Aleksander_Warma, lk 7
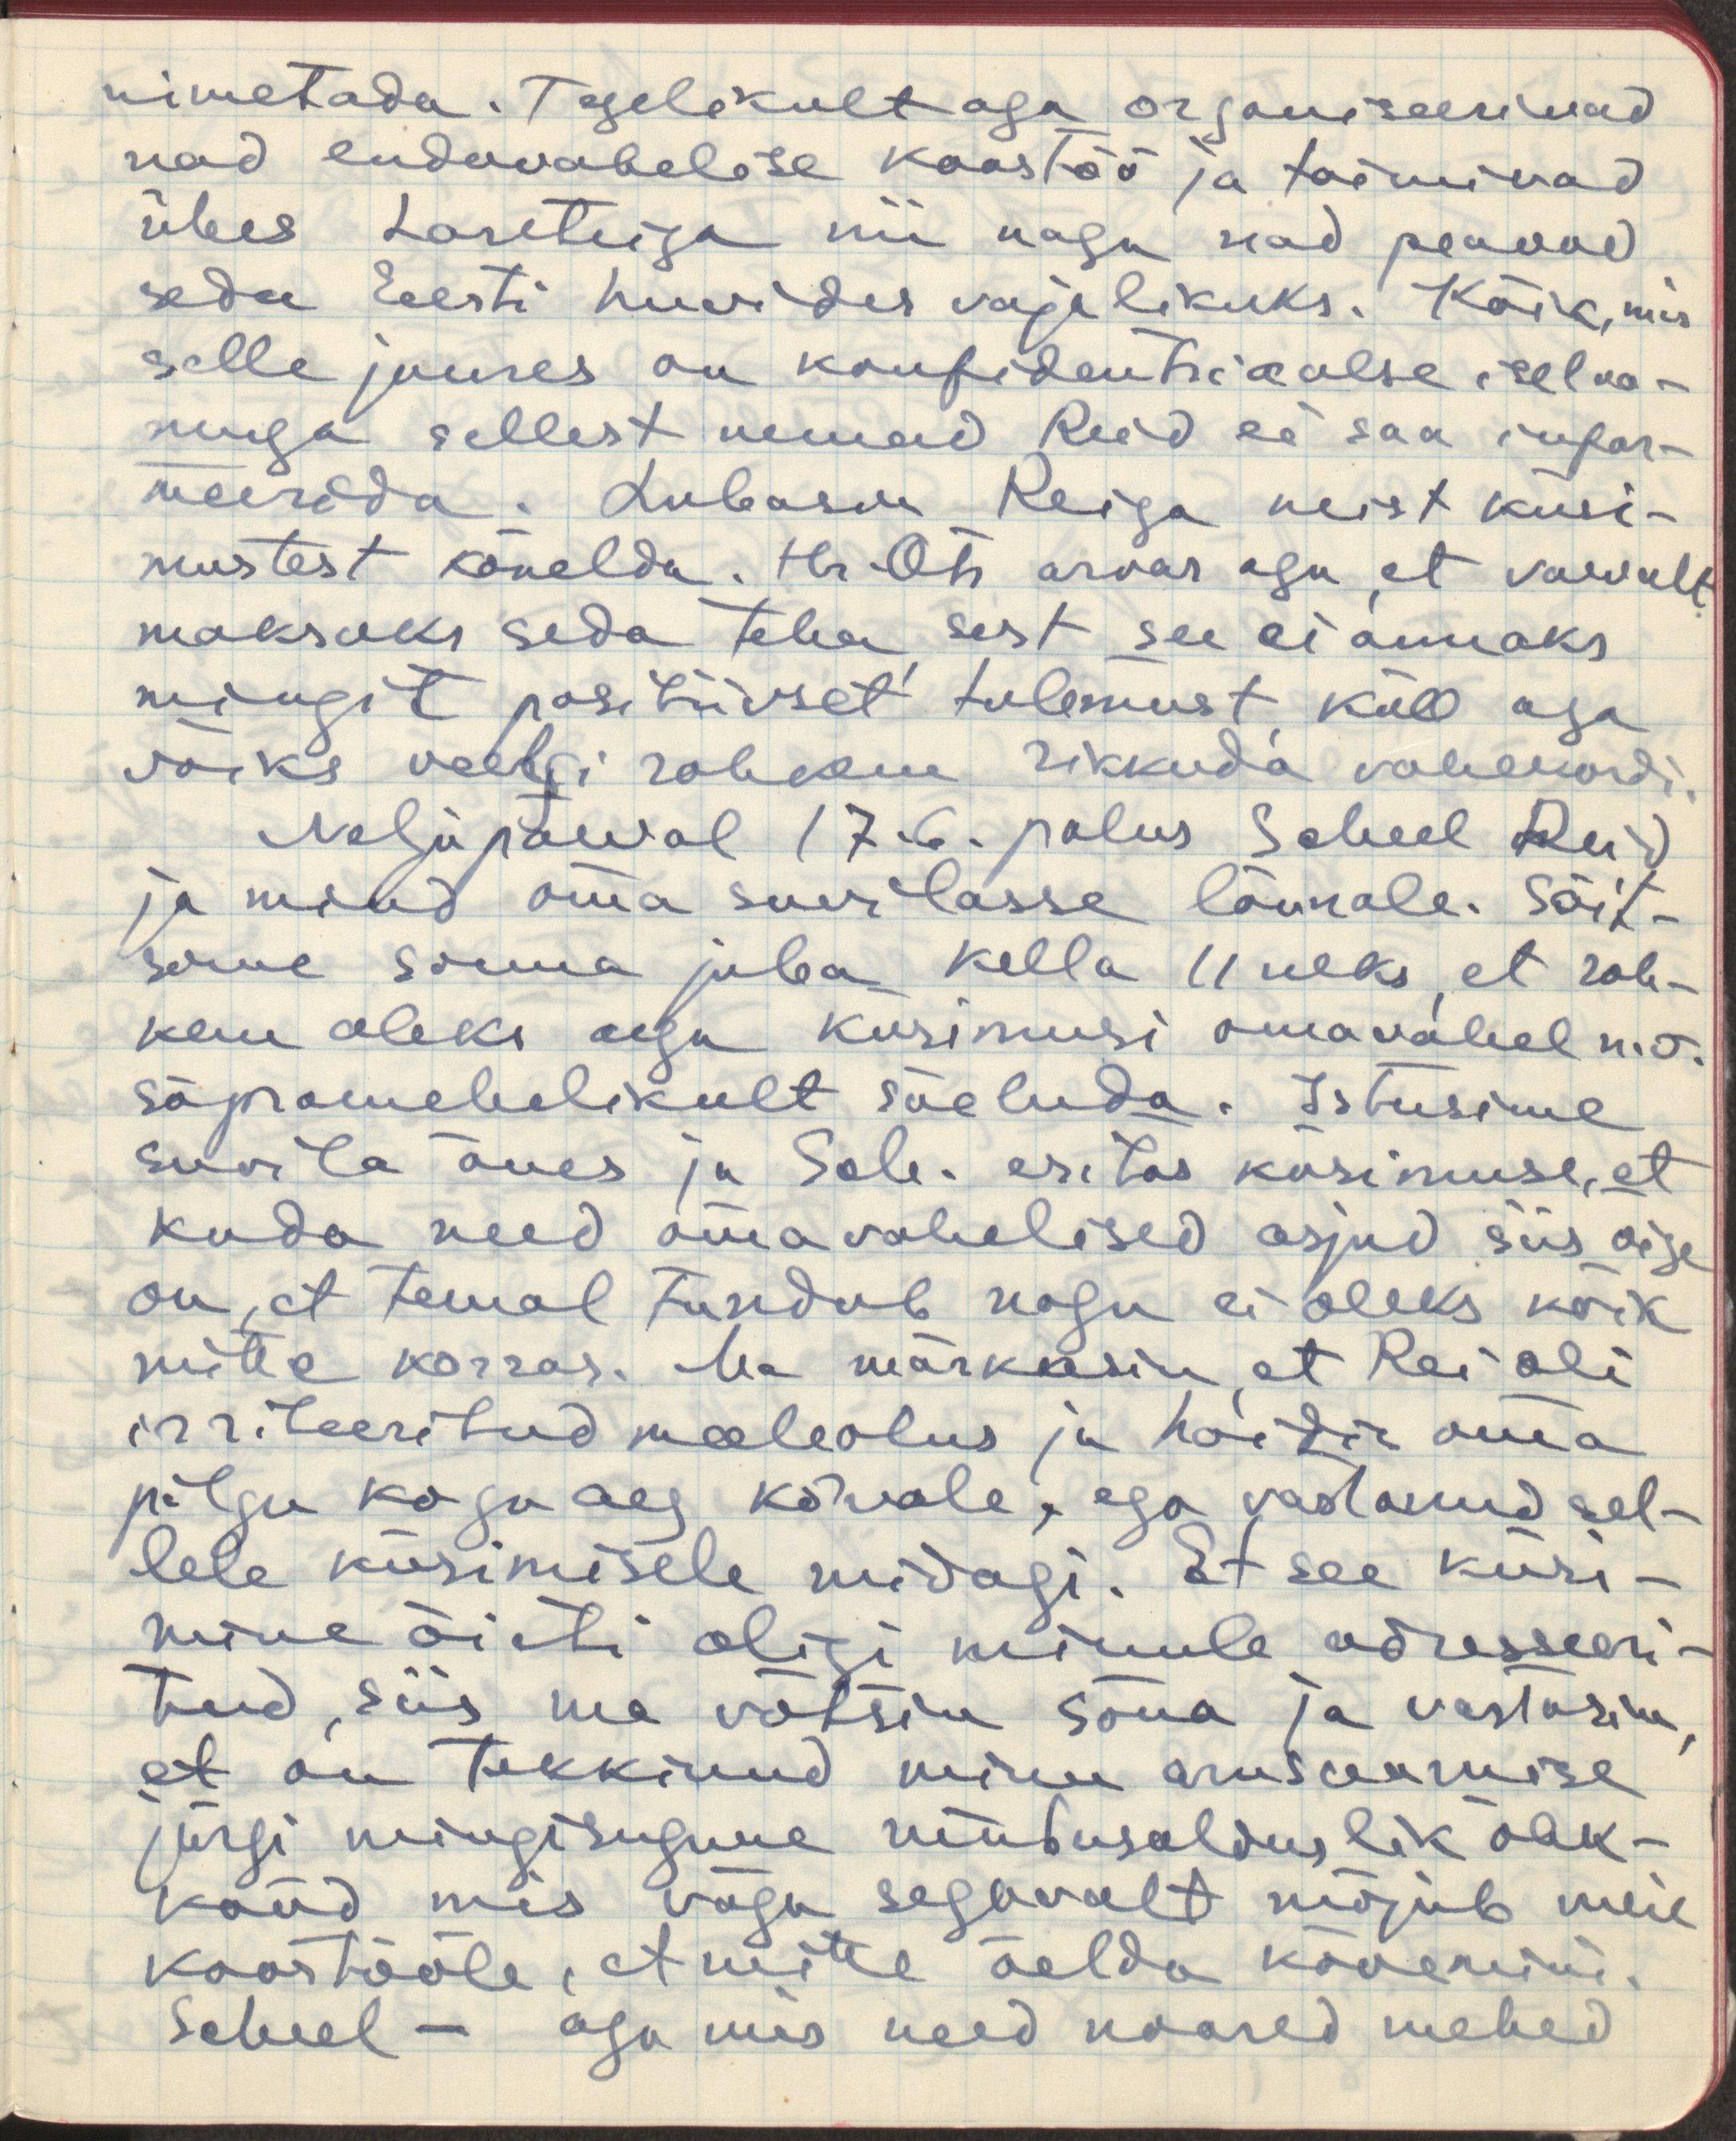
nimetada. Tegelikult aga organiseerivad
nad endavahelise koostöö ja toimivad
ühes Lareteiga nii nagu nad peavad
seda Eeesti huvides vajalikuks. Kõik, mis
selle juures on konfidentsiaalse iseloo-
muga sellest nemad Reid ei saa infor-
meerida. Lubasin Reiga neist küsi-
mustest kõnelda. Hr. Ots arvas aga, et vaevalt
maksaks seda teha, sest see ei annaks
mingit positiivset tulemust, küll aga
võiks veelgi rohkem rikkuda vahekordi.
Neljapäeval 17.6 palus Scheel Reid
ja mind oma suvilasse lõunale. Sõit-
sime sinna juba kella 11neks, et roh-
kem oleks aega küsimusi omavahel n.ö.
sõpramehelikult sõeluda. Istusime
suvila õues ja Sch. esitas küsimuse, et
kuda need omavahelised asjad siis õige
on, et temal tundub nagu ei oleks kõik
mitte korras. Ma märkasin, et Rei oli
irriteeritud meeleolus ja hoidis oma
pilgu kogu aeg kõrvale, ega vastanud sel-
lele küsimisele midagi. Et see küsi-
mine õieti oligi minule adresseeri-
tud, siis ma võtsin sõna ja vastasin,
et on tekkinud minu arusaamise
järgi mingisugune umbusalduslik õhk-
kond mis väga segavalt mõjub meie
koostööle, et mitte öelda kõvemini.
Scheel - aga mis need noored mehed